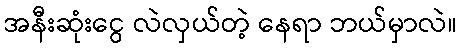
အနီးဆုံးငွေ လဲလှယ်တဲ့ နေရာ ဘယ်မှာလဲ။